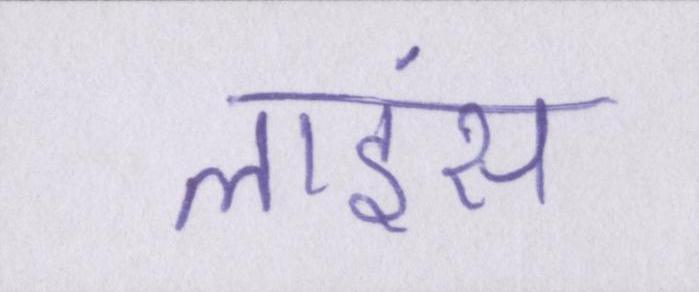
लाइंस